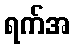
ရက်အ